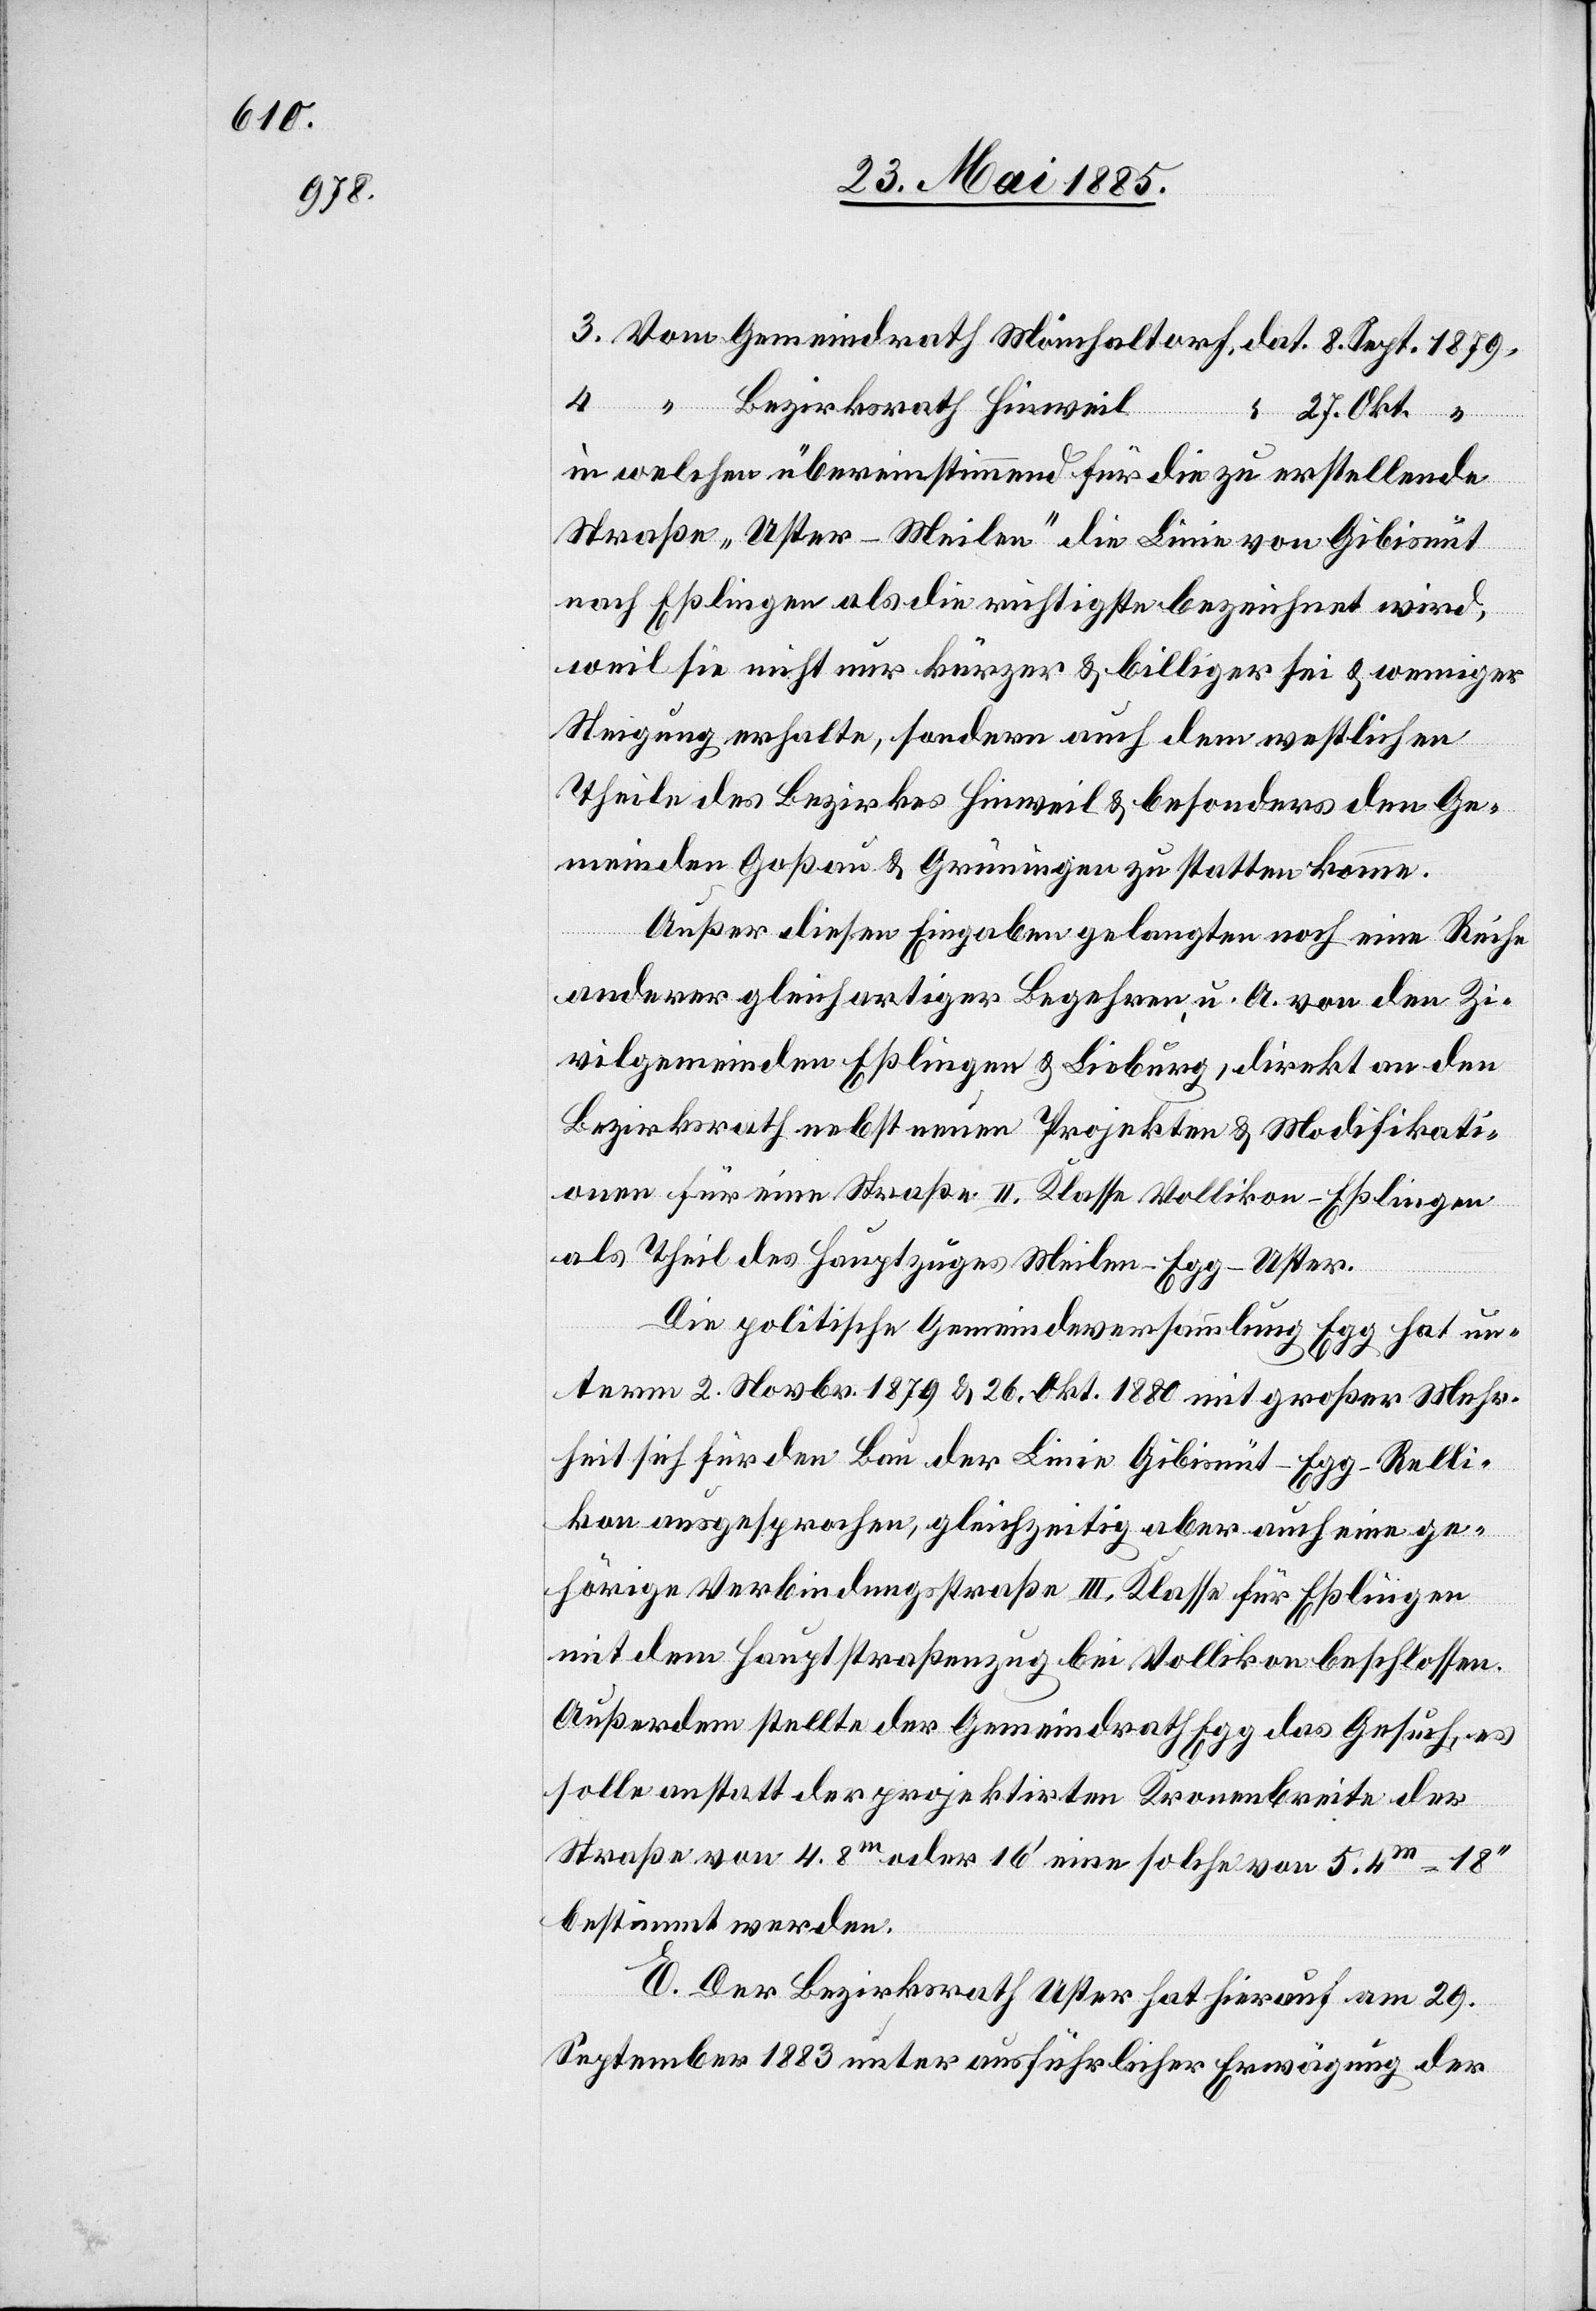
1879,

Bezirksrath Hinweil
dat.
in welchen übereinstimmend für die zu erstellende
Straße „Uster–Meilen“ die Linie von Gibisnüt
nach Eßlingen als die richtigste bezeichnet wird,
weil sie nicht nur kürzer & billiger sei & weniger
Steigung erhalte, sondern auch dem westlichen
Sept.
Theile des Bezirkes Hinweil & besonders den Ge¬
meinden Goßau & Grüningen zu statten komme.
Außer diesen Eingaben gelangten noch eine Reihe
anderer gleichartiger Begehren u. A. von den Zi¬
vilgemeinden Eßlingen & Lieburg, direkt an den
Bezirksrath nebst neuen Projekten & Modifikati¬
onen für eine Straße II. Klasse Vollikon–Eßlingen
als Theil des Hauptzuges Meilen–Egg–Uster.
Die politische Gemeindeversammlung Egg hat un¬
term 2. Novbr. 1879 & 26. Okt. 1880 mit großer Mehr¬
heit sich für den Bau der Linie Gibisnüt–Egg–Relli¬
kon ausgesprochen, gleichzeitig aber auch eine ge¬
hörige Verbindungsstraße III. Klasse für Eßlingen
mit dem Hauptstraßenzug bei Vollikon beschlossen.
Außerdem stellte der Gemeindrath Egg das Gesuch, es
solle anstatt der projektirten Kronenbreite der
Straße von 4.8 m oder 16’ eine solche von 5.4 m
bestimmt werden.
E. Der Bezirksrath Uster hat hierauf am 29.
September 1883 unter ausführlicher Erwägung der